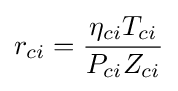
r_{ci}={\frac {\eta _{ci}T_{ci}}{P_{ci}Z_{ci}}}